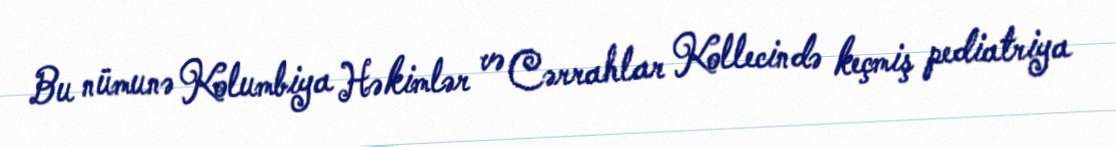
Bu nümunə Kolumbiya Həkimlər və Cərrahlar Kollecində keçmiş pediatriya